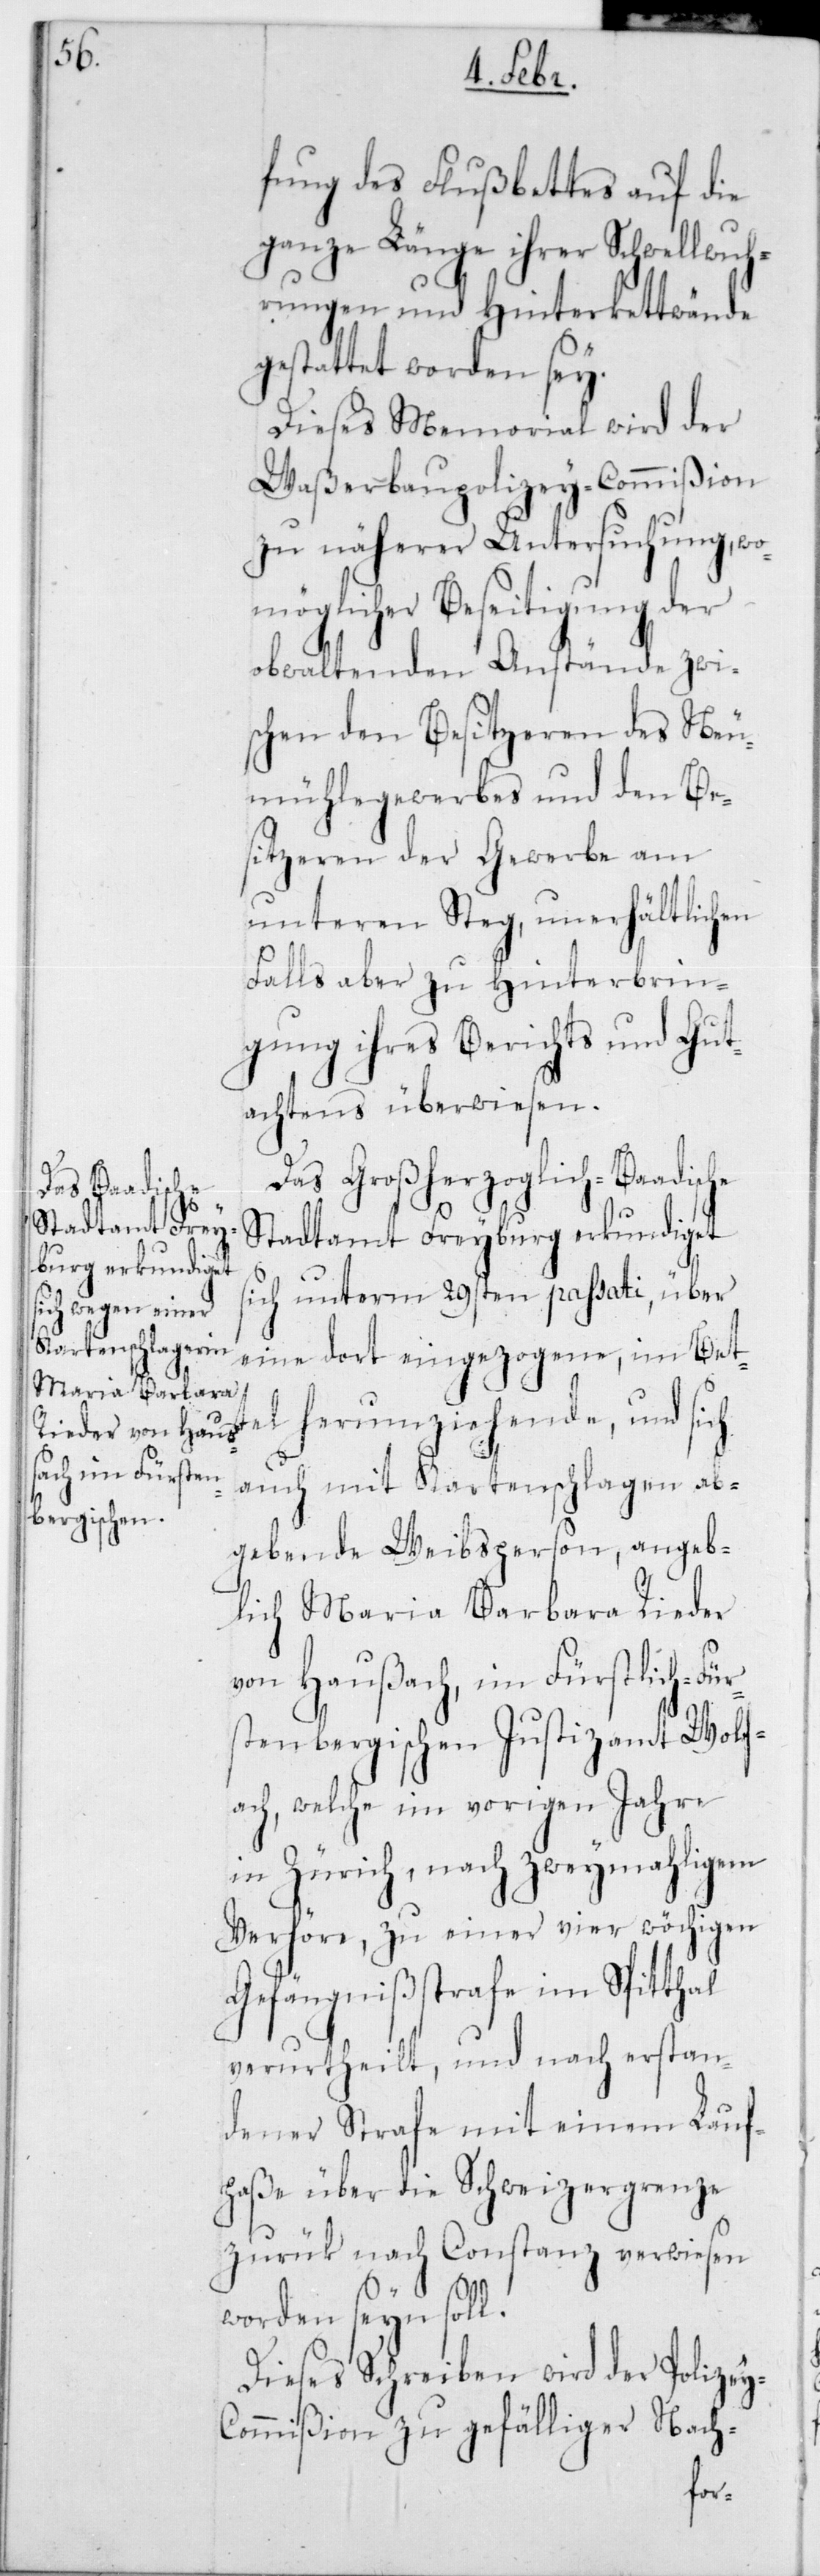
fung des Flußbettes auf die
ganze Länge ihrer Schwellwuh¬
rungen und Hinterkettwände
gestattet worden sey.
Dieses Memorial wird der
Waßerbaupolizey-Commißion
zu näherer Untersuchung, wo¬
möglicher Beseitigung der
obwaltenden Anstände zwi¬
schen den Besitzeren des Neu¬
mühelgewerbes und den Be¬
sitzeren der Gewerbe am
unteren Steg, unerhältlichen
Falls aber zu Hinterbrin¬
gung ihres Berichts und Gut¬
achtens überwiesen.
Das Großherzoglich-Badische
Stadtamt Freyburg erkundiget
sich unterm 29sten passati, über
eine dort eingezogene, im Bett¬
el herumziehende, und sich
auch mit Kartenschlagen ab¬
gebende Weibsperson, angeb¬
lich Maria Barbara Rieder
von Haußach, im Fürstlich-Für¬
stenbergischen Justizamt Wolf¬
ach; welche im vorigen Jahre
in Zürich, nach zweymahligem
Verhöre, zu einer vierwöchigen
Gefängnißtrafe im Spitthal
verurtheilt, und nach erstan¬
dener Strafe mit einem Lauf¬
paße über die Schweizergrenze
zurück nach Constanz verwiesen
worden sein soll.
Dieses Schreiben wird der Polizey-C¬
ommißion zu gefälliger Nach-